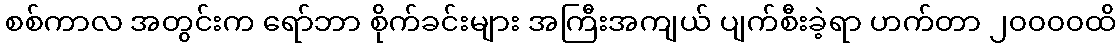
စစ်ကာလ အတွင်းက ရော်ဘာ စိုက်ခင်းများ အကြီးအကျယ် ပျက်စီးခဲ့ရာ ဟက်တာ ၂၀၀၀၀ထိ